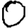
Digit: 0